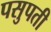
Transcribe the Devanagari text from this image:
पसुपती